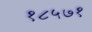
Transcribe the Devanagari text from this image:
१८५७१